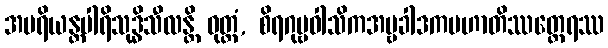
အပရိယန္တပါရိသုဒ္ဓိသီလန္တိ ဝုတ္တံ, စိရဂုမ္ဗဝါသိကအမ္ဗခါဒကမဟာတိဿတ္ထေရဿ